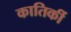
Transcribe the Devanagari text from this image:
कातिर्की